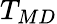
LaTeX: T_{MD}